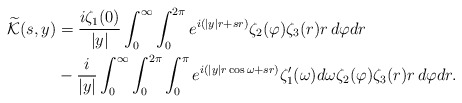
\begin{align*}\widetilde{\mathcal K}(s,y) &=\frac{i\zeta_1(0)}{|y|}\int_0^\infty\int_0^{2\pi} e^{i(|y|r+sr)}\zeta_2(\varphi)\zeta_3(r)r\,d\varphi dr \\&- \frac{i}{|y|}\int_0^\infty\int_0^{2\pi}\int_0^\pi e^{i(|y|r\cos\omega+sr)}\zeta_1'(\omega)d\omega \zeta_2(\varphi)\zeta_3(r)r\,d\varphi dr.\end{align*}